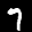
Label: 7